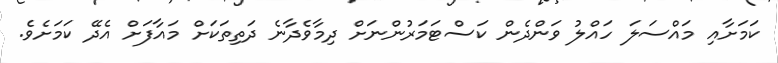
ކަމަށާއި މައްސަލަ ހައްލު ވަންދެން ކަސްޓަމަރުންނަށް ދިމާވެދާނެ ދަތިތަކަށް މައާފަށް އެދޭ ކަމަށެވެ.